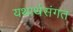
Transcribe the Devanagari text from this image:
यथार्थसंगत